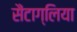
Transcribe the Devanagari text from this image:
सैंटाग्लिया